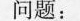
问题：